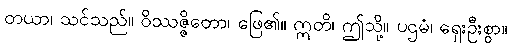
တယာ၊ သင်သည်။ ဝိဿဇ္ဇိတော၊ ဖြေ၏။ ဣတိ၊ ဤသို့။ ပဌမံ၊ ရှေးဦးစွာ။